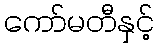
ကော်မတီနှင့်